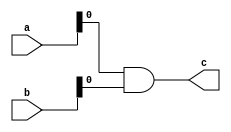
module and_fact #(parameter WIDTH = 32)(
    input [WIDTH - 1:0] a, b,
    output wire c
    );
    
    assign c = a & b;
endmodule